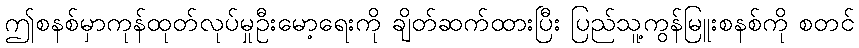
ဤစနစ်မှာကုန်ထုတ်လုပ်မှုဦးမော့ရေးကို ချိတ်ဆက်ထားပြီး ပြည်သူ့ကွန်မြူးစနစ်ကို စတင်